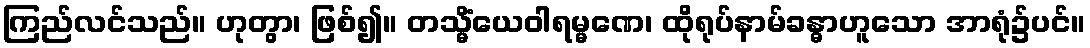
ကြည်လင်သည်။ ဟုတွာ၊ ဖြစ်၍။ တသ္မိံယေဝါရမ္မဏေ၊ ထိုရုပ်နာမ်ခန္ဓာဟူသော အာရုံ၌ပင်။